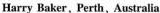
Harry Baker, Perth, Australia